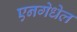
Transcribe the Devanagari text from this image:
एनगेधेल